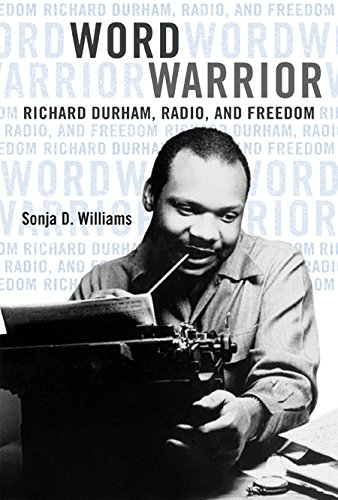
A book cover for Word Warrior: Richard Durham, Radio, and Freedom (New Black Studies Series); Sonja D Williams; Humor & Entertainment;